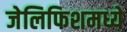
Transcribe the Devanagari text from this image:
जेलिफिशमध्ये